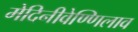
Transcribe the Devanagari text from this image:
मेदिनीवेण्णिलाव